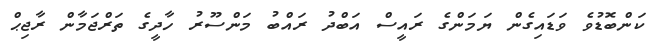
ކަންބޮޑުވެ ވަޑައިގެން ޔަމަންގެ ރައީސް އަބްދު ރައްބު މަންސޫރު ހާދީގެ ތަރްޖަމާން ރާޖިޙް